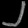
Digit: ၂